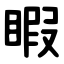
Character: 睱